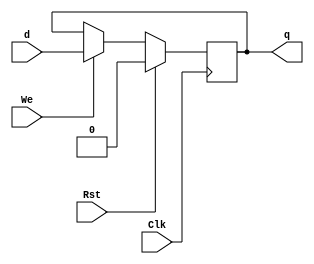
module PLR #(parameter WIDTH =1)
    (Clk,Rst,We,d,q);
    
    input         Clk;
    input         Rst;
    input         We;
    input  [WIDTH-1:0] d;
    output reg [WIDTH-1:0] q;

    always @(posedge Clk ) begin
        if (Rst) begin
            q = { WIDTH{1'b0} };
            //  sync reset
        end else if( We == 1 ) begin
            q = d ;
        end
    end
  
endmodule